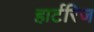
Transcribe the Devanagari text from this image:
हार्टरिज